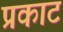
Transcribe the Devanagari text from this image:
प्रकाट